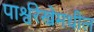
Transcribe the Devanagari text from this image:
पार्श्वरेखेमधील